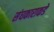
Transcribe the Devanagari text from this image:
संघकाराकडे